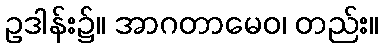
ဥဒါန်း၌။ အာဂတာမေဝ၊ တည်း။